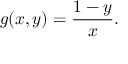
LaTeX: g ( x , y ) = { \frac { 1 - y } { x } } .